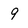
Character: 9